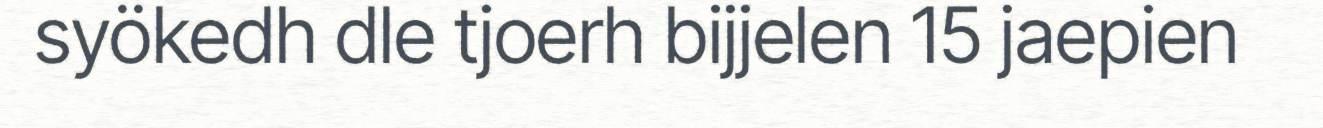
syökedh dle tjoerh bijjelen 15 jaepien